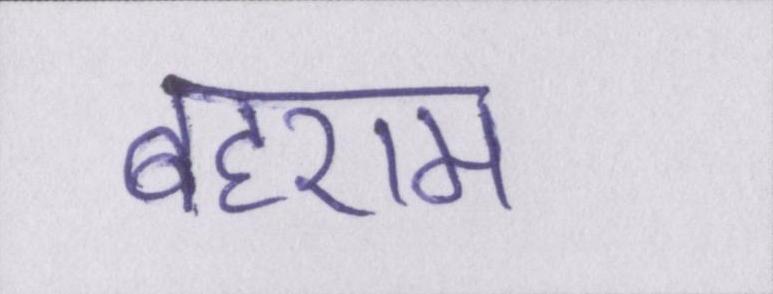
बहराम